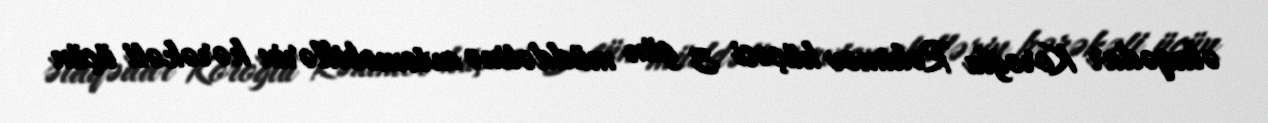
əlaqədar Koroğlu Rəhimov küçəsi 3 gün müddətinə avtomobillərin hərəkəti üçün